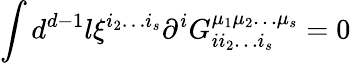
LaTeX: \int d^{d-1}l\xi^{i_{2}\ldots i_{s}}\partial^{i}G_{ii_{2}\ldots i_{s}}^{\mu_{1}\mu_{2}\ldots\mu_{s}}=0